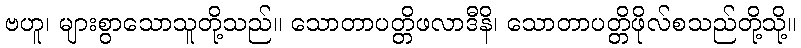
ဗဟူ၊ များစွာသောသူတို့သည်။ သောတာပတ္တိဖလာဒီနိ၊ သောတာပတ္တိဖိုလ်စသည်တို့သို့။